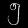
Digit: ၅